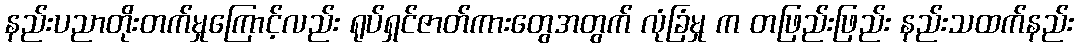
နည်းပညာတိုးတက်မှုကြောင့်လည်း ရုပ်ရှင်ဇာတ်ကားတွေအတွက် လုံခြံမှု က တဖြည်းဖြည်း နည်းသထက်နည်း